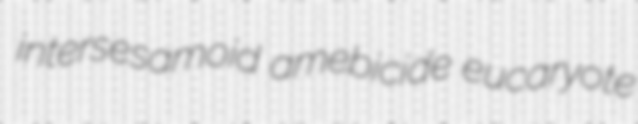
intersesamoid amebicide eucaryote